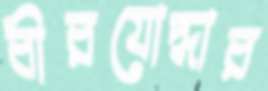
বীরযোদ্ধার